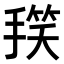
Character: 𭡻